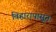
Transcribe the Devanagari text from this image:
विहारापासून